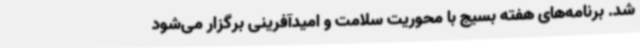
شد. برنامه‌های هفته بسیج با محوریت سلامت و امیدآفرینی برگزار می‌شود